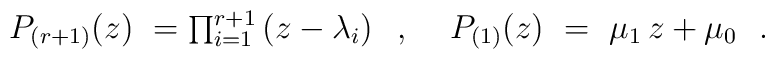
\begin{tabular}{ll}$P_{(r+1)}(z)~= \prod_{i=1}^{r+1} \, (z - \lambda_i)$\hskip 0.3cm , \hskip 0.3cm&$P_{(1)}(z)~=~\mu_1 \, z + \mu_0$ \ .\end{tabular}